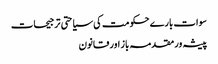
سوات بارے حکومت کی سیاحتی ترجیحات
پیشہ ور مقدمہ باز اور قانون